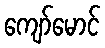
ကျော်မောင်